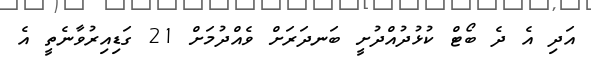
އަދި އެ ދެ ބޯޓް ކުޅުދުއްދުށީ ބަނދަރަށް ވެއްދުމަށް 21 ގަޑިއިރުވާނެތީ އެ